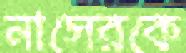
নাসেরকে